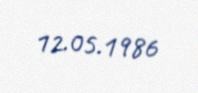
12.05.1986